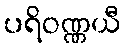
ပရိဝဏ္ဏယီ